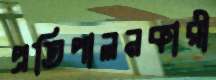
প্রতিপালনকারী